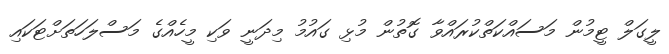
ލީގަލް ޓީމުން މަސައްކަތްކުރައްވާ ގޮތުން މުޅި ގައުމު މިދަނީ ވަކި މީހެއްގެ މަސްލަހަތަށްޓަކައި